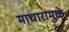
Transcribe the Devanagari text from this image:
माघारामुळे